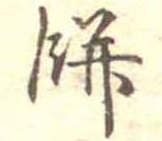
餅